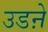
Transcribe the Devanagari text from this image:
उडऩे